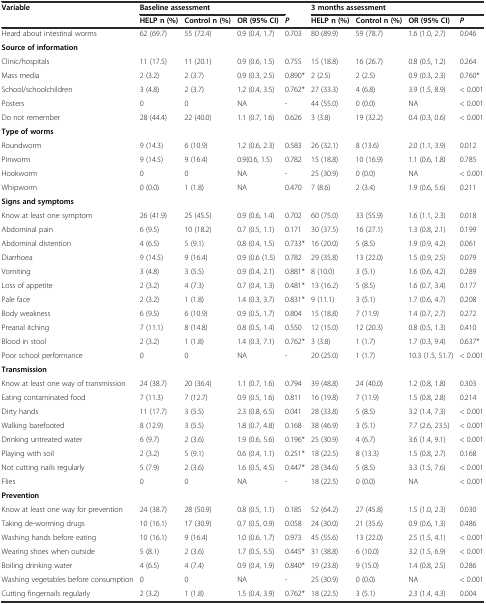
<table><thead><tr><td><b>Variable</b></td><td colspan="3"><b>Baseline assessment</b></td><td></td><td colspan="4"><b>3 months assessment</b></td></tr><tr><td></td><td><b>HELP n (%)</b></td><td><b>Control n (%)</b></td><td><b>OR (95% CI)</b></td><td><b><i>P</i></b></td><td><b>HELP n (%)</b></td><td><b>Control n (%)</b></td><td><b>OR (95% CI)</b></td><td><b><i>P</i></b></td></tr></thead><tbody><tr><td>Heard about intestinal worms</td><td>62 (69.7)</td><td>55 (72.4)</td><td>0.9 (0.4, 1.7)</td><td>0.703</td><td>80 (89.9)</td><td>59 (78.7)</td><td>1.6 (1.0, 2.7)</td><td>0.046</td></tr><tr><td><b>Source of information</b></td><td></td><td></td><td></td><td></td><td></td><td></td><td></td><td></td></tr><tr><td>Clinic/hospitals</td><td>11 (17.5)</td><td>11 (20.1)</td><td>0.9 (0.6, 1.5)</td><td>0.755</td><td>15 (18.8)</td><td>16 (26.7)</td><td>0.8 (0.5, 1.2)</td><td>0.264</td></tr><tr><td>Mass media</td><td>2 (3.2)</td><td>2 (3.7)</td><td>0.9 (0.3, 2.5)</td><td>0.890*</td><td>2 (2.5)</td><td>2 (2.5)</td><td>0.9 (0.3, 2.3)</td><td>0.760*</td></tr><tr><td>School/schoolchildren</td><td>3 (4.8)</td><td>2 (3.7)</td><td>1.2 (0.4, 3.5)</td><td>0.762*</td><td>27 (33.3)</td><td>4 (6.8)</td><td>3.9 (1.5, 8.9)</td><td>&lt; 0.001</td></tr><tr><td>Posters</td><td>0</td><td>0</td><td>NA</td><td>-</td><td>44 (55.0)</td><td>0 (0.0)</td><td>NA</td><td>&lt; 0.001</td></tr><tr><td>Do not remember</td><td>28 (44.4)</td><td>22 (40.0)</td><td>1.1 (0.7, 1.6)</td><td>0.626</td><td>3 (3.8)</td><td>19 (32.2)</td><td>0.4 (0.3, 0.6)</td><td>&lt; 0.001</td></tr><tr><td><b>Type of worms</b></td><td></td><td></td><td></td><td></td><td></td><td></td><td></td><td></td></tr><tr><td>Roundworm</td><td>9 (14.3)</td><td>6 (10.9)</td><td>1.2 (0.6, 2.3)</td><td>0.583</td><td>26 (32.1)</td><td>8 (13.6)</td><td>2.0 (1.1, 3.9)</td><td>0.012</td></tr><tr><td>Pinworm</td><td>9 (14.5)</td><td>9 (16.4)</td><td>0.9(0.6, 1.5)</td><td>0.782</td><td>15 (18.8)</td><td>10 (16.9)</td><td>1.1 (0.6, 1.8)</td><td>0.785</td></tr><tr><td>Hookworm</td><td>0</td><td>0</td><td>NA</td><td>-</td><td>25 (30.9)</td><td>0 (0.0)</td><td>NA</td><td>&lt; 0.001</td></tr><tr><td>Whipworm</td><td>0 (0.0)</td><td>1 (1.8)</td><td>NA</td><td>0.470</td><td>7 (8.6)</td><td>2 (3.4)</td><td>1.9 (0.6, 5.6)</td><td>0.211</td></tr><tr><td><b>Signs and symptoms</b></td><td></td><td></td><td></td><td></td><td></td><td></td><td></td><td></td></tr><tr><td>Know at least one symptom</td><td>26 (41.9)</td><td>25 (45.5)</td><td>0.9 (0.6, 1.4)</td><td>0.702</td><td>60 (75.0)</td><td>33 (55.9)</td><td>1.6 (1.1, 2.3)</td><td>0.018</td></tr><tr><td>Abdominal pain</td><td>6 (9.5)</td><td>10 (18.2)</td><td>0.7 (0.5, 1.1)</td><td>0.171</td><td>30 (37.5)</td><td>16 (27.1)</td><td>1.3 (0.8, 2.1)</td><td>0.199</td></tr><tr><td>Abdominal distention</td><td>4 (6.5)</td><td>5 (9.1)</td><td>0.8 (0.4, 1.5)</td><td>0.733*</td><td>16 (20.0)</td><td>5 (8.5)</td><td>1.9 (0.9, 4.2)</td><td>0.061</td></tr><tr><td>Diarrhoea</td><td>9 (14.5)</td><td>9 (16.4)</td><td>0.9 (0.6 (1.5)</td><td>0.782</td><td>29 (35.8)</td><td>13 (22.0)</td><td>1.5 (0.9, 2.5)</td><td>0.079</td></tr><tr><td>Vomiting</td><td>3 (4.8)</td><td>3 (5.5)</td><td>0.9 (0.4, 2.1)</td><td>0.881*</td><td>8 (10.0)</td><td>3 (5.1)</td><td>1.6 (0.6, 4.2)</td><td>0.289</td></tr><tr><td>Loss of appetite</td><td>2 (3.2)</td><td>4 (7.3)</td><td>0.7 (0.4, 1.3)</td><td>0.481*</td><td>13 (16.2)</td><td>5 (8.5)</td><td>1.6 (0.7, 3.4)</td><td>0.177</td></tr><tr><td>Pale face</td><td>2 (3.2)</td><td>1 (1.8)</td><td>1.4 (0.3, 3.7)</td><td>0.831*</td><td>9 (11.1)</td><td>3 (5.1)</td><td>1.7 (0.6, 4.7)</td><td>0.208</td></tr><tr><td>Body weakness</td><td>6 (9.5)</td><td>6 (10.9)</td><td>0.9 (0.5, 1.7)</td><td>0.804</td><td>15 (18.8)</td><td>7 (11.9)</td><td>1.4 (0.7, 2.7)</td><td>0.272</td></tr><tr><td>Preanal itching</td><td>7 (11.1)</td><td>8 (14.8)</td><td>0.8 (0.5, 1.4)</td><td>0.550</td><td>12 (15.0)</td><td>12 (20.3)</td><td>0.8 (0.5, 1.3)</td><td>0.410</td></tr><tr><td>Blood in stool</td><td>2 (3.2)</td><td>1 (1.8)</td><td>1.4 (0.3, 7.1)</td><td>0.762*</td><td>3 (3.8)</td><td>1 (1.7)</td><td>1.7 (0.3, 9.4)</td><td>0.637*</td></tr><tr><td>Poor school performance</td><td>0</td><td>0</td><td>NA</td><td>-</td><td>20 (25.0)</td><td>1 (1.7)</td><td>10.3 (1.5, 51.7)</td><td>&lt; 0.001</td></tr><tr><td><b>Transmission</b></td><td></td><td></td><td></td><td></td><td></td><td></td><td></td><td></td></tr><tr><td>Know at least one way of transmission</td><td>24 (38.7)</td><td>20 (36.4)</td><td>1.1 (0.7, 1.6)</td><td>0.794</td><td>39 (48.8)</td><td>24 (40.0)</td><td>1.2 (0.8, 1.8)</td><td>0.303</td></tr><tr><td>Eating contaminated food</td><td>7 (11.3)</td><td>7 (12.7)</td><td>0.9 (0.5, 1.6)</td><td>0.811</td><td>16 (19.8)</td><td>7 (11.9)</td><td>1.5 (0.8, 2.8)</td><td>0.214</td></tr><tr><td>Dirty hands</td><td>11 (17.7)</td><td>3 (5.5)</td><td>2.3 (0.8, 6.5)</td><td>0.041</td><td>28 (33.8)</td><td>5 (8.5)</td><td>3.2 (1.4, 7.3)</td><td>&lt; 0.001</td></tr><tr><td>Walking barefooted</td><td>8 (12.9)</td><td>3 (5.5)</td><td>1.8 (0.7, 4.8)</td><td>0.168</td><td>38 (46.9)</td><td>3 (5.1)</td><td>7.7 (2.6, 23.5)</td><td>&lt; 0.001</td></tr><tr><td>Drinking untreated water</td><td>6 (9.7)</td><td>2 (3.6)</td><td>1.9 (0.6, 5.6)</td><td>0.196*</td><td>25 (30.9)</td><td>4 (6.7)</td><td>3.6 (1.4, 9.1)</td><td>&lt; 0.001</td></tr><tr><td>Playing with soil</td><td>2 (3.2)</td><td>5 (9.1)</td><td>0.6 (0.4, 1.1)</td><td>0.251*</td><td>18 (22.5)</td><td>8 (13.3)</td><td>1.5 (0.8, 2.7)</td><td>0.168</td></tr><tr><td>Not cutting nails regularly</td><td>5 (7.9)</td><td>2 (3.6)</td><td>1.6 (0.5, 4.5)</td><td>0.447*</td><td>28 (34.6)</td><td>5 (8.5)</td><td>3.3 (1.5, 7.6)</td><td>&lt; 0.001</td></tr><tr><td>Flies</td><td>0</td><td>0</td><td>NA</td><td>-</td><td>18 (22.5)</td><td>0 (0.0)</td><td>NA</td><td>&lt; 0.001</td></tr><tr><td><b>Prevention</b></td><td></td><td></td><td></td><td></td><td></td><td></td><td></td><td></td></tr><tr><td>Know at least one way for prevention</td><td>24 (38.7)</td><td>28 (50.9)</td><td>0.8 (0.5, 1.1)</td><td>0.185</td><td>52 (64.2)</td><td>27 (45.8)</td><td>1.5 (1.0, 2.3)</td><td>0.030</td></tr><tr><td>Taking de-worming drugs</td><td>10 (16.1)</td><td>17 (30.9)</td><td>0.7 (0.5, 0.9)</td><td>0.058</td><td>24 (30.0)</td><td>21 (35.6)</td><td>0.9 (0.6, 1.3)</td><td>0.486</td></tr><tr><td>Washing hands before eating</td><td>10 (16.1)</td><td>9 (16.4)</td><td>1.0 (0.6, 1.7)</td><td>0.973</td><td>45 (55.6)</td><td>13 (22.0)</td><td>2.5 (1.5, 4.1)</td><td>&lt; 0.001</td></tr><tr><td>Wearing shoes when outside</td><td>5 (8.1)</td><td>2 (3.6)</td><td>1.7 (0.5, 5.5)</td><td>0.445*</td><td>31 (38.8)</td><td>6 (10.0)</td><td>3.2 (1.5, 6.9)</td><td>&lt; 0.001</td></tr><tr><td>Boiling drinking water</td><td>4 (6.5)</td><td>4 (7.4)</td><td>0.9 (0.4, 1.9)</td><td>0.840*</td><td>19 (23.8)</td><td>9 (15.0)</td><td>1.4 (0.8, 2.5)</td><td>0.286</td></tr><tr><td>Washing vegetables before consumption</td><td>0</td><td>0</td><td>NA</td><td>-</td><td>25 (30.9)</td><td>0 (0.0)</td><td>NA</td><td>&lt; 0.001</td></tr><tr><td>Cutting fingernails regularly</td><td>2 (3.2)</td><td>1 (1.8)</td><td>1.5 (0.4, 3.9)</td><td>0.762*</td><td>18 (22.5)</td><td>3 (5.1)</td><td>2.3 (1.4, 4.3)</td><td>0.004</td></tr></tbody></table>